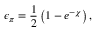
\epsilon _ { \pi } = \frac { 1 } { 2 } \left( 1 - e ^ { - \chi } \right) ,